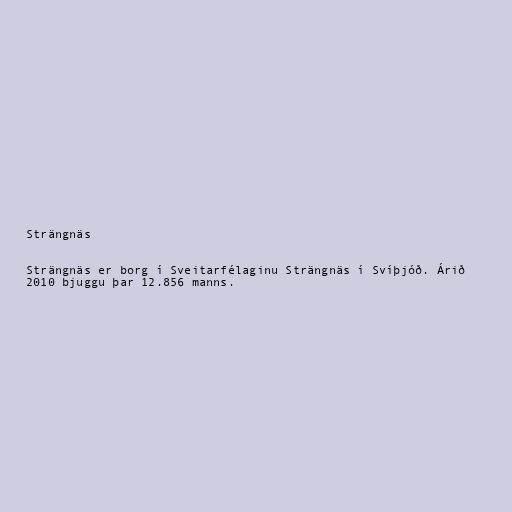
Strängnäs

Strängnäs er borg í Sveitarfélaginu Strängnäs í Svíþjóð. Árið
2010 bjuggu þar 12.856 manns.